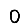
Digit: 0